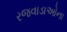
રજવાડાઓના